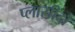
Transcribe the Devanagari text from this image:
प्लासीदो